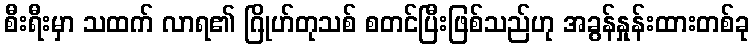
စီးရီးမှာ သထက် လာရ၏ ဂြိုဟ်တုသစ် စတင်ပြီးဖြစ်သည်ဟု အခွန်နှုန်းထားတစ်ခု